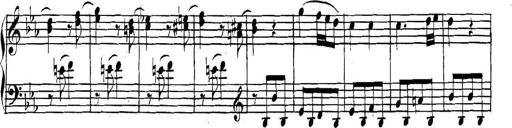
Title: Collected Piano Sonatas
Composer: Muzio Clementi